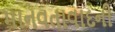
માનવતાવાદની